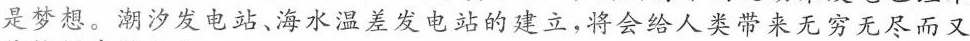
是梦想。潮汐发电站、海水温差发电站的建立，将会给人类带来无穷无尽而又